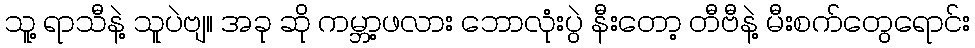
သူ့ ရာသီနဲ့ သူပဲဗျ။ အခု ဆို ကမ္ဘာ့ဖလား ဘောလုံးပွဲ နီးတော့ တီဗီနဲ့ မီးစက်တွေရောင်း